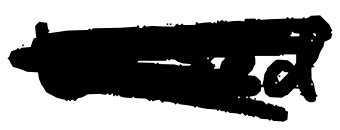
Text: based
Cross-out: scratch
Writing tool: digital_black